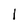
Character: 1